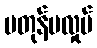
မတုန်မလှုပ်